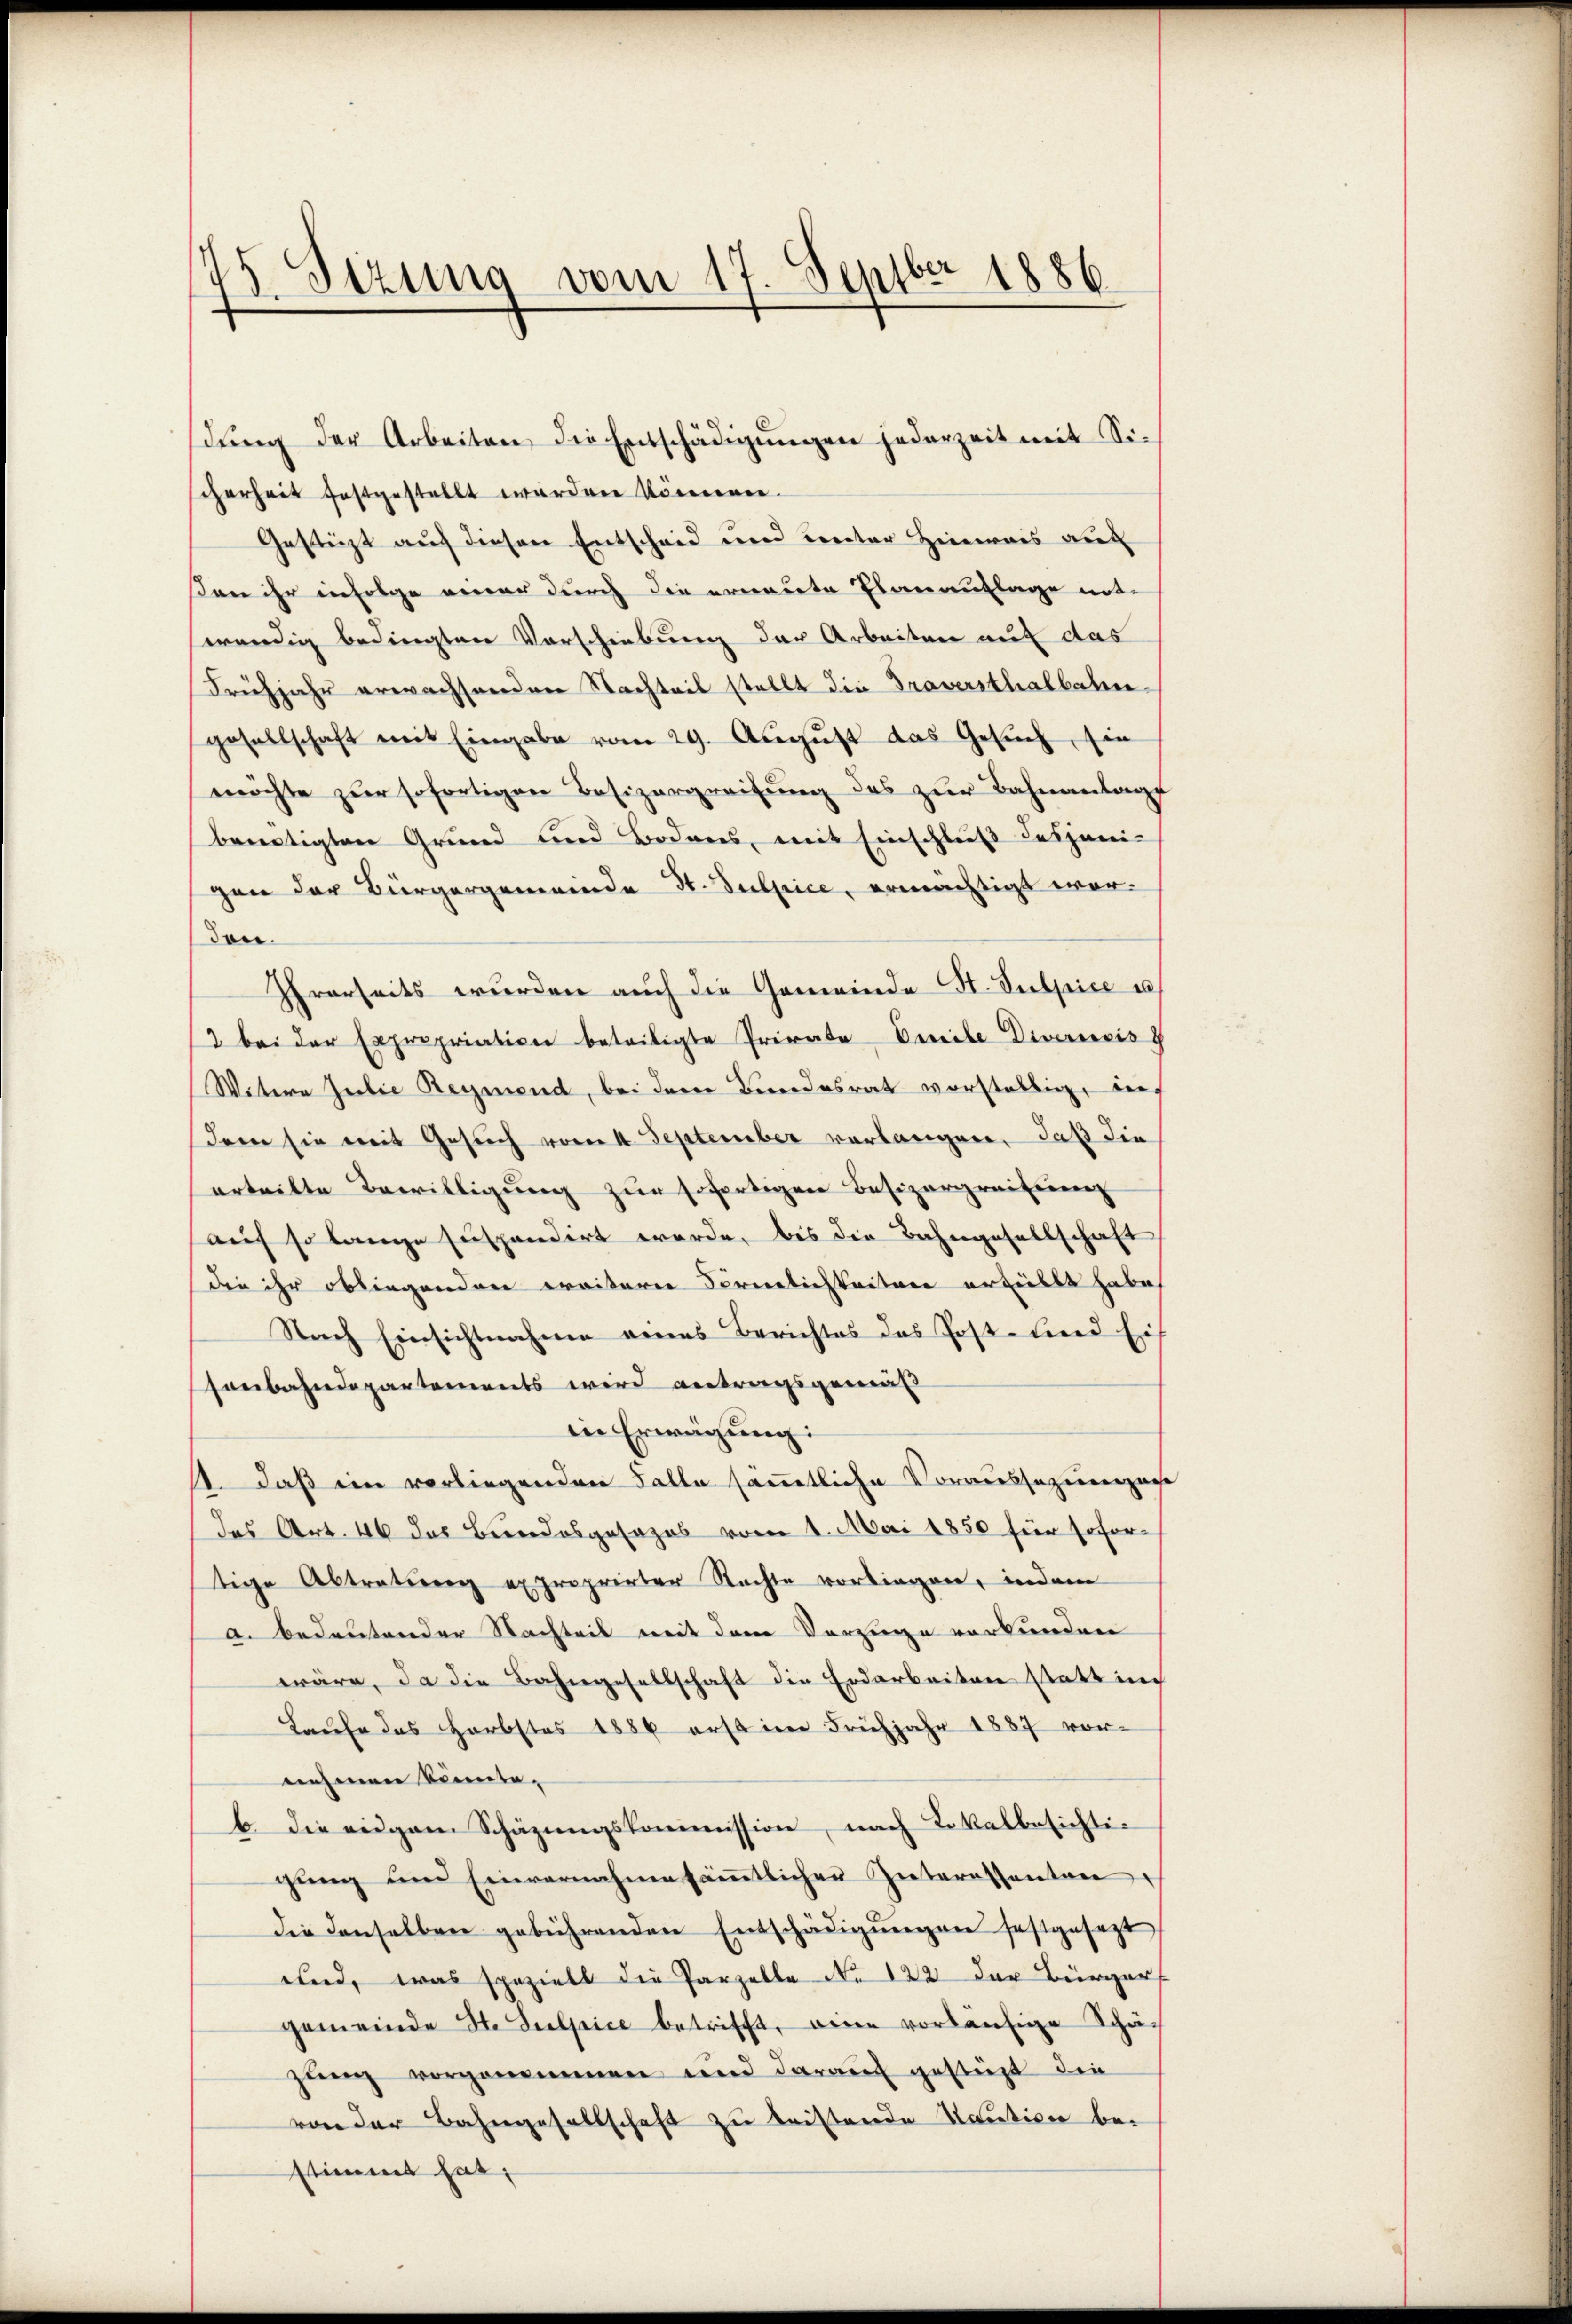
25. Sizung vom 17. Septbr 1886.

dŭng der Arbeiten die Entschädigŭngen jederzeit mit Si-
scherheit festgestellt werden können.
Gestürzt auf diesen Entscheid und Rector Hinweis auc
on ihr infolge einer durch die erneute Planauflage notwendig bedingten Vorschiebung der Arbeiten auf das
Frühjahr erwachsondere Nachteil stellt die Traversthalbahngesellschaft mit Eingabe vom 29. August das Gesuch, sie
möchte zur sofortigen Besizergreifung des zur Bahnanlage
benötigten Grund und Bodens, mit Einschluß desjeni-
gan der Bürgergemeinde St. Sulpice, ermächtigt wordon.
Ihrerseits wurden auch die Gemeinde St. Sulpice u
2 bei der Expropriation beteiligte Private Vereibe Diversis
Watern Julie Reymond, bei dem Bundesrat vorstellig, auf
dem sie mit Gesuch vom 4. September vorlangen, daß die
erteilte Bewilligung zur sofertigen Besizergreifung
auf so lange suspendirt werde, bis die Bahngesellschaft
die ihr obliegenden weitern Förmlichkeiter erfüllt habe
Strch Einsichtnahme eines Berichtes das Post- und Ein
sonbahndepartements wird antragsgemäß
in Erwägung:
1. daß ein verliegenden Falle sämmtliche Voraussaziergasse
das Art. 46 das Bundesgesezes vom 1. Mai 1850 für sofortige Abtretung exproprirter Nachte vorliegen, indem
a. bedeutender Nachteil mit dem Vorzüge vorkunden
wäre, da die Bahngesellschaft die Erdarbeiten statt in
Laufe des Herbstes 1886 erst im Frühjahr 1887 vor-
nehmen Sonntab die eidgam Schäzŭngskommission, nach Lokalbesichtigŭng und Einvernahme sämmtlichen Interessanten
die denselben gebührenden Entschädigŭngen festgesezt
und, was spezielt die Parzelle No 122 der Bürger
gemeinde St. Sulpice betrifft, eine vorläufige Schäch
gŭng vorgenommen und darauf gestürzt die
von der Bahngesellschaft zu leistende Kaution bestimmt hat;